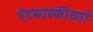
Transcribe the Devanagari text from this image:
ऐटमास्फीयरों